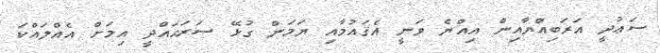
ސަޢުދީ އަރަބިއްޔާއިން އިއްޔެ ވަނީ އެޤައުމާއި ޔަމަން ގުޅޭ ސަރަޙައްދީ އިމަށް އެއްލައްކަ